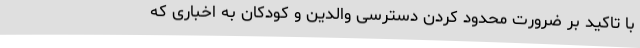
با تاکید بر ضرورت محدود کردن دسترسی والدین و کودکان به اخباری که